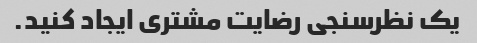
یک نظرسنجی رضایت مشتری ایجاد کنید.